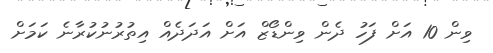
ވިން 10 އަށް ފަހު ދެން ވިންޑޯޒް އަށް އަދަދެއް އިތުރުނުކުރާނެ ކަމަށް